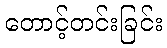
တောင့်တင်းခြင်း